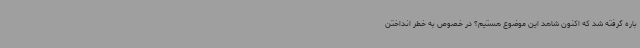
باره گرفته شد که اکنون شاهد این موضوع هستیم؟ در خصوص به خطر انداختن